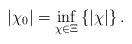
LaTeX: \begin{align*}\left|\chi_{0}\right| =\inf\limits_{\chi\in\Xi}\left\{ \left|\chi\right| \right\}.\end{align*}